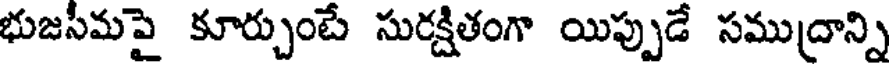
భుజసీమపై కూర్చుంటే సురక్షితంగా యిప్పుడే సముద్రాన్ని